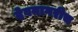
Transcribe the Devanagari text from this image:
देवनागरीच